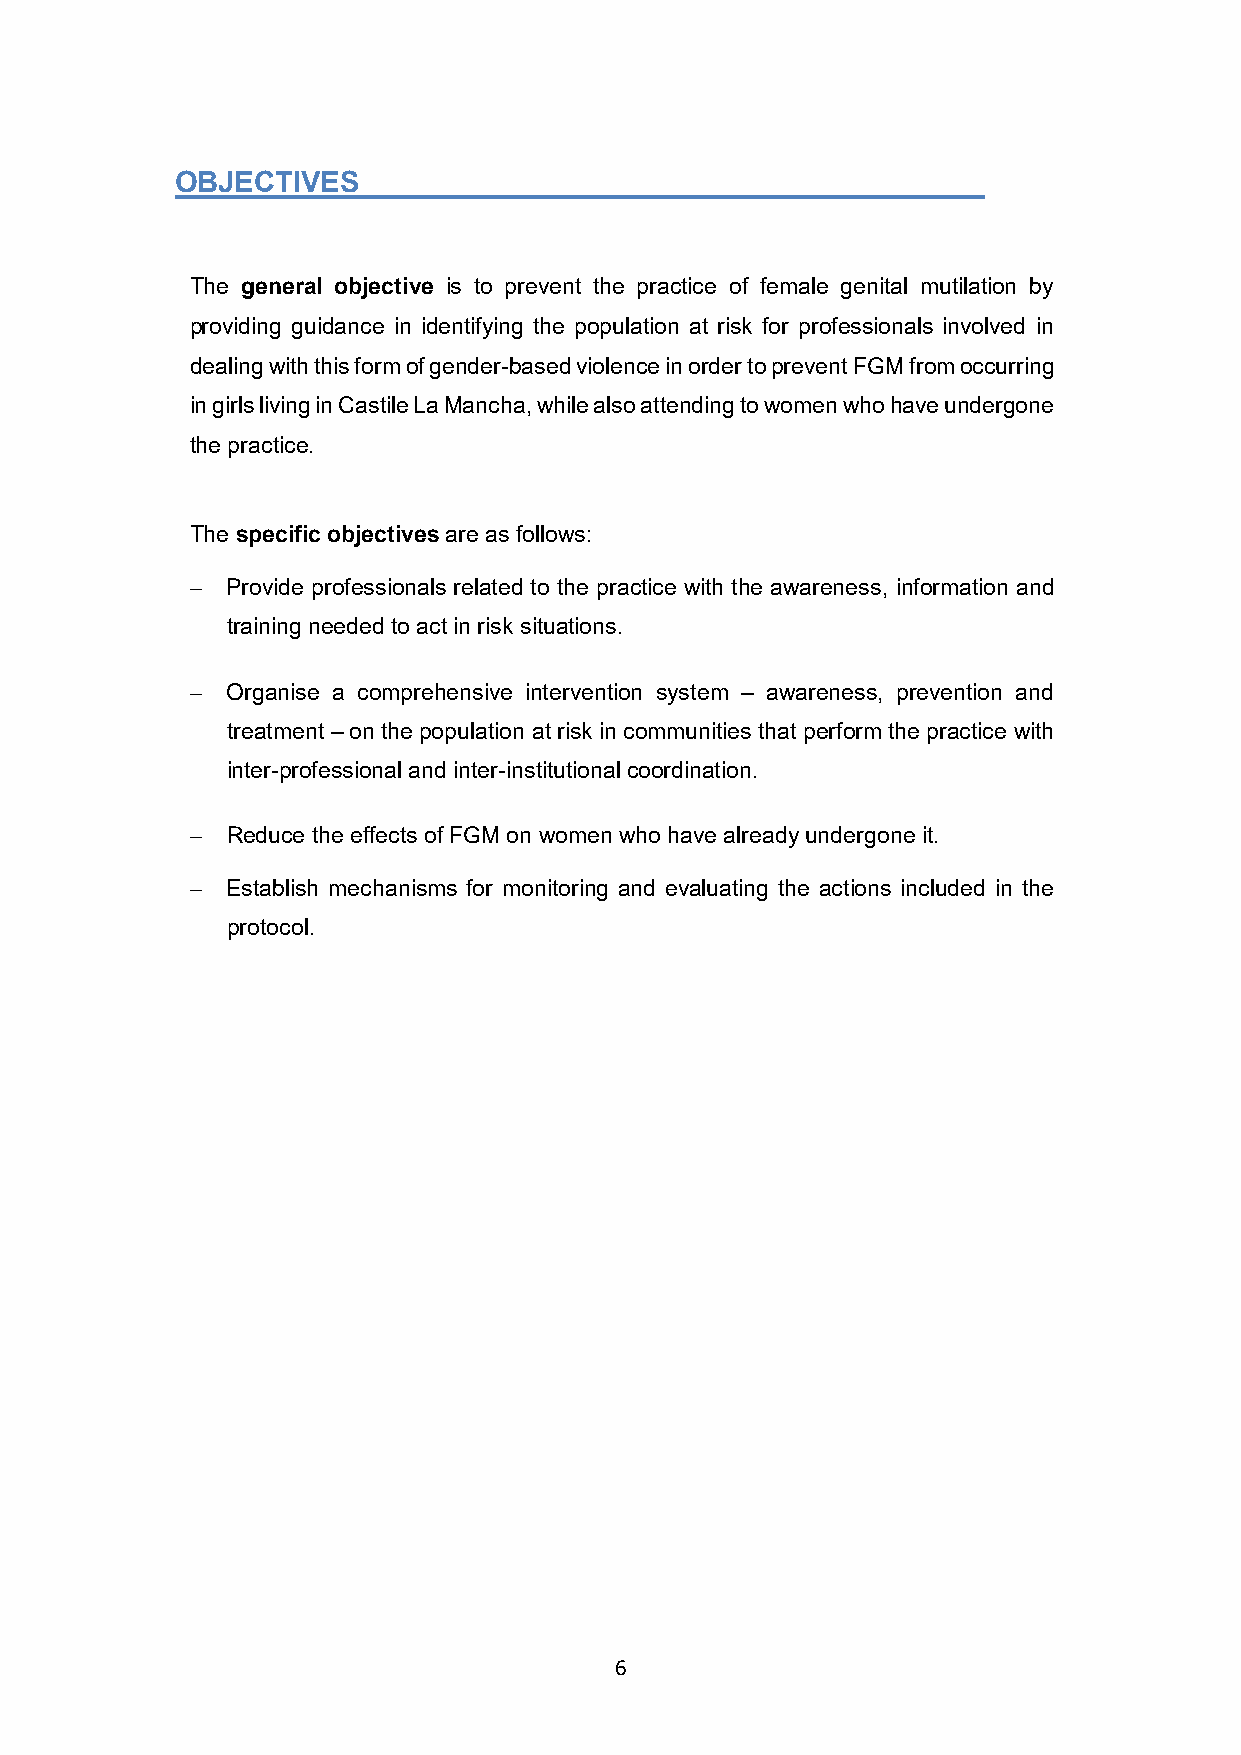
OBJECTIVES
 The general objective is to prevent the practice of female genital mutilation by
 providing guidance in identifying the population at risk for professionals involved in
 dealing with this form of gender-based violence in order to prevent FGM from occurring
 in girls living in Castile La Mancha, while also attending to women who have undergone
 the practice.
 The specific objectives are as follows:
  Provide professionals related to the practice with the awareness, information and
 training needed to act in risk situations.
  Organise a comprehensive intervention system – awareness, prevention and
 treatment – on the population at risk in communities that perform the practice with
 inter-professional and inter-institutional coordination.
  Reduce the effects of FGM on women who have already undergone it.
  Establish mechanisms for monitoring and evaluating the actions included in the
 protocol.
 6